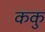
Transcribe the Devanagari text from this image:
ककु